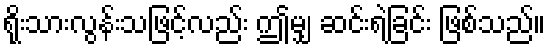
ရိုးသားလွန်းသဖြင့်လည်း ဤမျှ ဆင်းရဲခြင်း ဖြစ်သည်။